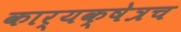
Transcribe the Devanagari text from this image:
कार्यक्षेत्रच